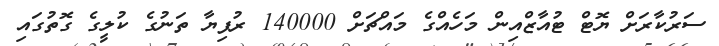
ސަރުކާރަށް ޔޮޓް ޓުއާޒްއިން މަހެއްގެ މައްޗަށް 140000 ރުފިޔާ ތަނުގެ ކުލީގެ ގޮތުގައި